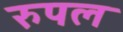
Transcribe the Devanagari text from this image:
रुपल